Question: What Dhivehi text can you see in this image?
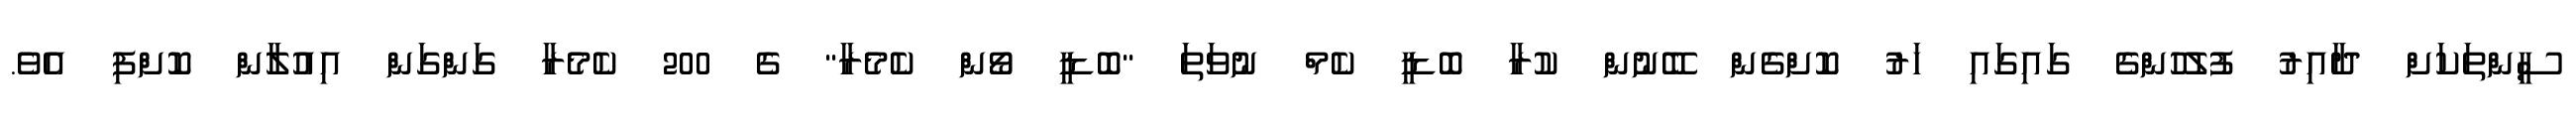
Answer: ސީންތަކަށް ދާއިރު ފުލުހުންގެ ގައިގައި ހަރު ކޮށްގެން ބޭނުން ކުރާ ބޮޑީ ކެމް ނުވަތަ "ބޮޑީ ވޯން ކެމެރާ" ގެ 200 ކެމެރާ ގަންގަން އިއުލާން ކޮށްފި އެވެ.